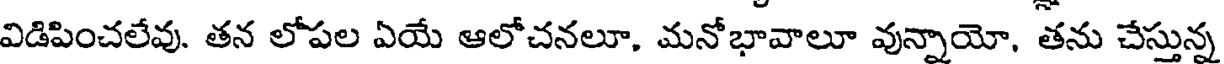
విడిపించలేవు. తన లోపల ఏయే ఆలోచనలూ, మనోభావాలూ వున్నాయో, తను చేస్తున్న